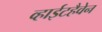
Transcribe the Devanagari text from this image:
व्हाईटहैवेन